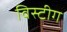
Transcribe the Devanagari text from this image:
विस्टीग